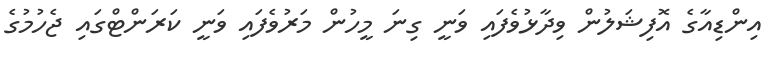
އިންޑިއާގެ އޮފިޝަލުން ވިދާޅުވެފައި ވަނީ ގިނަ މީހުން މަރުވެފައި ވަނީ ކަރަންޓްގައި ޖެހުމުގެ